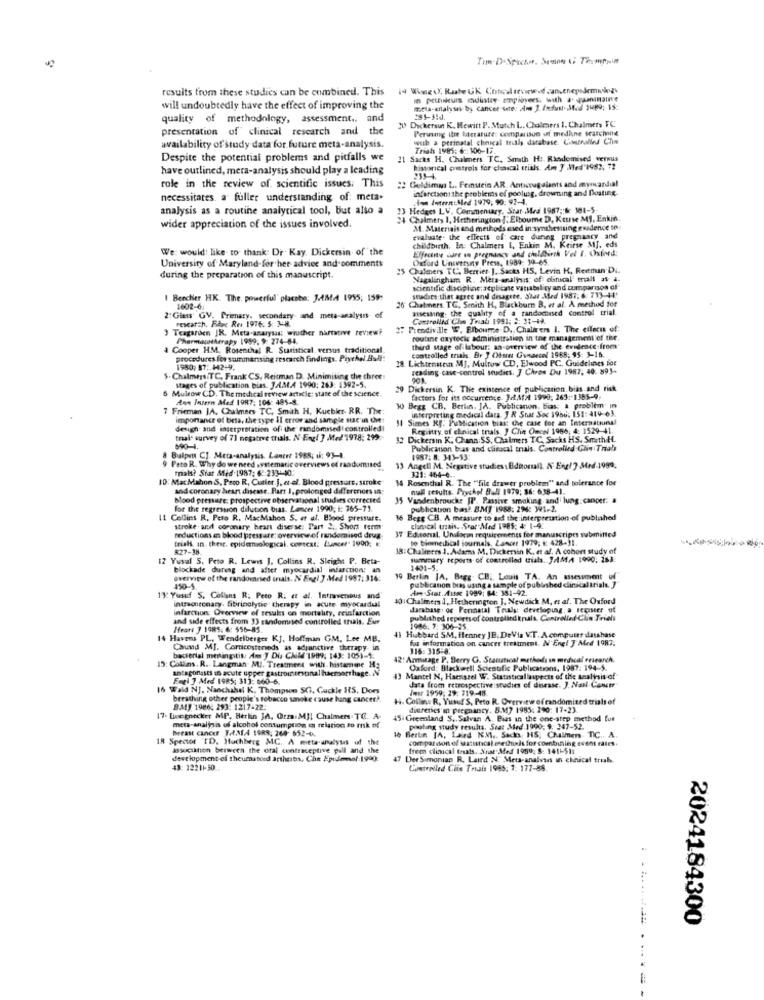
results from these studies can be combined. This
will undoubtedly have the effect of improving the
quality of methodology, assessment .. and
20 Dickersun K. Hewitt P. Mutch L. Cholesers 1. Chalmers FC
presentation of clinical research and the
Perwing Ihre barrature: comparison ud medkne searching
with a perinatal cheical truls database. Cimoralina Chin
availability of study data for future meta-analysis.
Trish 1985; 6 :: 106-17.
Despite the potential problems and pitfalls we
21 Sacks H. Chalmers TC. Smath H :. Randomised wermus
have outlined, mera-analysis should play a leading
historical patrols for chascal trials. Am J Med'1982. 72
2 Geldimas L. Feinstein AR. Anticzugalants and mywardial
role in the review of scientific issues: This
infarctson the problems ef poolusg, drowning and floating.
necessitates a fuller understanding of: meta.
i- In:Med 1979, 90: 42-4.
analysis as a routine analytical tool, but also a
13 Hedges LV. Commentary, Star Mrd 1987 ::: 181-5-
wider appreciation of the issues involved.
M. Materiais and methods used in synthesising gondence to
evaluate. the effects of care during pregnancy and
childbirth. In: Chalmers I, Enkin M. Keitse MJ, eds
We: would: like to thank: Dr Kay. Dickersin of the
Effectne care in pregnancy and childbirth Vel f. chierd:
Oxford University Press, 1989: 19-65
University of Maryland for her advice and comments
25 Chalmers TC. Berrier J. Sacks HS, Levin H, Reitman Di.
during the preparation of this manuscript.
Magalingham R. Meta-analysis of clinical trials at a.
scientific discipline:aepbitane vanabil ty and comparison of
1 Beecher HK. The, powerful' placabe; JAMA 1955; 159:
snadacs that agree and disagree, Star Med 1987, 6: 713-41'
1602-6:
26 Chalmers TC, Smith H, Blackburn B. et al. A method for
nsessing, the quality of a randomised control trial.
2"Glass' GV. Primary, secondary and meta-analysis of
research. Fare Res 1976. 5: 3-8.
Controllid' Che Trial 1991; #: 31-12.
Teagarden JR. Meta-analysis; wiuther narrative tethewi
# Prendiville W, Elbourre D. Chalirers 1. The effects of
Pharmacotherapy 1999, 9: 274-84.
routine oxytocic administration in the management of the
a Cooper HM. Rosenthal R. Statistical. versus traditional
third stage of labour: an overview of the evilence from
controlled trials. Br J Obser Gunercel 1988; 95: 3-16.
procedures lev summansing research findings. Prychel Asdi:
28 Lichtenstein MJ, Multow CD, Elwood PC. Guidelines for
1980; 87: 442-9.
reading cave-control studies. ] Chros Du 1987, 40. 893-
$. Chalmers (TC, Frank CS, Reitman D. Minimising the three
stages of publication bias. J.A.M.A 1990; 263: 1392-5.
6 Mulrow CD. The medical review article: state of the science.
29 Dickersin K. The existence of publication bias and risk
Aun Intern Med 1987: 106: 485-8.
factors for its occurrence. JAf/ 1990, 263 :- 1385-9.
7 Frieman JA, Chalmers TC, Smith H, Kuebkr. RR. The
w) Begg CB, Berlin, JA. Publicanon, bias; & problem in
interpreting medical dara. J R Snat Soc 1956: 151:419-63.
importance of beta, the type il error and sample size in chie
11 Simes Rf: Publication bias: the case for an International
design and interpretation of the randomised controlled!
Registry of clinical trials 7 Chin Oncel 1966, 4: 1529-41.
tral- survey of 71 negative trials. N-Engl J Med 1978: 299-
32 Dickersin K. Chunn:SS, Chalmers TC, Sacks HS. Smith H.
690-4.
Publication bas and clirascal trials. Controlled Glin Trials
8 Balpen CJ. Meta-analysis. Lancet 1988; ii: 93-4.
1987: 8: 343-53:
9 Pero R. Why do we need systematic overviews of randomised
trials? Siat Mid-1987; 6-233-440:
13 Angell M. Negative studies : Editorial). N Engl ?. Med.1999.
10: MacMahon S, Pero R, Cutter.J. et-el. Blood pressure, stroke"
34 Rosenthal R. The ""file drawer problem" and tolerance for
321: 464-6 ..
and coronary heart disease. Part I, prolonged differeners in:
null results. Prychof Bad 1979; $6: 638-41.
blood pressure: prospective observational studies corrected
35 Vandenbroucke JP. Passive smoking. and lung cancer: a
for the regression dilution bias. Lancer 1990; i: 765-71.
publication bas. BMJ 1988: 294: W1-2.
11 Collins R. Peto R. MacMahon S. et al. Blood pressure.
16 Begg CB. A measure to add the interpretation-of published
stroke and coronary heart diserse: Part 2; Short term
37" Editoral. Undlorin requirements for manuscripts submitted
clonacal trsais, Spor Med 1985: 4 1-9.
trial, an these. epidemiological. context: Lancer" 1900:
reductions an blood pressure: overviewof randomised drug.
to biomedical journals. Lancer 1979; ; 428-31.
827-38.
18:Chaliners 4. Adams M. Dickensin K. et al. A cohort study of
12 Yusuf 5. Peto R. Lewis J. Collins R. Sleight P. Beta-
summary reports of controlled trials. JAM.A 1990, 283:
blockade dureng and after myocardial infarction: an
1401-5.
overview of the randommed trials. N Engl J Med 1987: 316:
19 Berlin JA, Bogg. CB. Louis TA. An assessment of
pubbcanon bras using a sample of published clinical Itials. ]
450-5.
Ame-Stat. Asse 1989; 84: 351-92.
1): Yusuf S. Collins R. Peto R. et al. Intravenous and
40: Chalmers 4, Hethenington ], Newdich M, et af. The Oxford
intrsontenary. fibrinolytic therapy in acute myocardual
infarction Overview of sesules en mortality, reinfarction
darabase : og Perinatal Truly: developing a register of
and side effects from 13 randomised controlled trials. Eur
published reports of controlind kruis. Controlled Clin Trials
Hears 7 1985. 6: 556-85.
41 Hubbard SM. Henney JB. DeVia V.T. A computer dasshase
1986. 7: 306-25.
14 Havens PL. Wendelberger KJ, Hoffman GM. Lee MB.
for information on cancer treatment. N'Engl J Med 1987.
316: 315:8:
42: Armitage P, Berry G. Stanmical methods in medical reirarch.
15: Collins. R. Langman MUJ. Treatment with histamine H
antagonists in acute upper gastrointestinal hacmorrhage. IN
Oxford: Blackwell Scientific Publications, 1987: 194-5.
Engl J Med 1985; 313: 860-6.
43 Mantel N, Haenssel W. Statisticallaspects of the analysis of
16 Wald NJ. Naochahel K. Thompson SCI. Guckle IS, Dors
data from retrospective studies of disease. ]. Nail-Contr
Inst 1959; 29: 719-48
breathing other people's tobacco smoke cause hang cancer !.
H. Colline R. Yusuf S, Peto R. Overview of randomized trials of
8.313 1986: 293: 1217-22
diuretics in pregnancy. 8.14? 1985: 290: 17-23
17- Deegnecker MP, Berlin JA, Orza:MJ; Chalmers TC. A.
45 Greenland S .. Salvan A. Bias in the one-step method fut
meta-analysis of alcohol consumption en relation to risk of
breast cancer 1 ,. M.4 1988; 260- 652-0.
posting study results. Seat Med 1990, 9: 347-52.
18 Spector TD. Hochberg MC. A meta-analysis of the
16 Bertin JA, Laird KM ., Sacks HS, Chalmers. TIC .. A.
comparison of autistical methods for combining event rates.
association between the oral contraceptive pull and the
free clinical trials. Suat Med 1999: 5: 141 -- 511
development of theumasend artheros, Che Epulemmel-1990:
Der Simonian R. Laird NC Mets-analvan in chnical trub
43: 12211-30 ..
Controlled Chie Trais 1985; 1: 177-88.
2024184300
. ......... ..